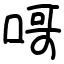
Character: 𠹭